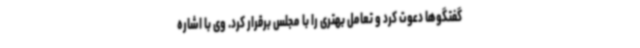
گفتگوها دعوت کرد و تعامل بهتری را با مجلس برقرار کرد. وی با اشاره